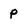
Character: p